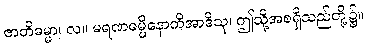
ဇာတိဓမ္မာ၊ လ။ မရဏဓမ္မိနောတိအာဒိသု၊ ဤသို့အစရှိသည်တို့၌။